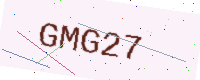
Text: GMG27